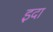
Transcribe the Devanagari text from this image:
इदा